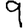
Digit: 9